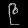
Digit: ၉